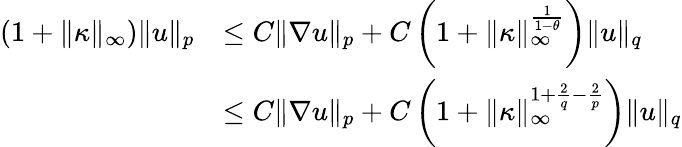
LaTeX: \begin{array}{rl}{(1+\| \kappa\| _{\infty})\| u\| _{p}}&{\leq C\| \nabla u\| _{p}+C\left(1+\| \kappa\| _{\infty}^{\frac{1}{1-\theta}}\right)\| u\| _{q}}\\ &{\leq C\| \nabla u\| _{p}+C\left(1+\| \kappa\| _{\infty}^{1+\frac{2}{q}-\frac{2}{p}}\right)\| u\| _{q}}\end{array}